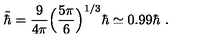
\tilde { \hbar } = { \frac { 9 } { 4 \pi } } \Big ( { \frac { 5 \pi } { 6 } } \Big ) ^ { 1 / 3 } \hbar \simeq 0 . 9 9 \hbar \ .